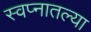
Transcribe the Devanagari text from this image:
स्वप्नातल्या